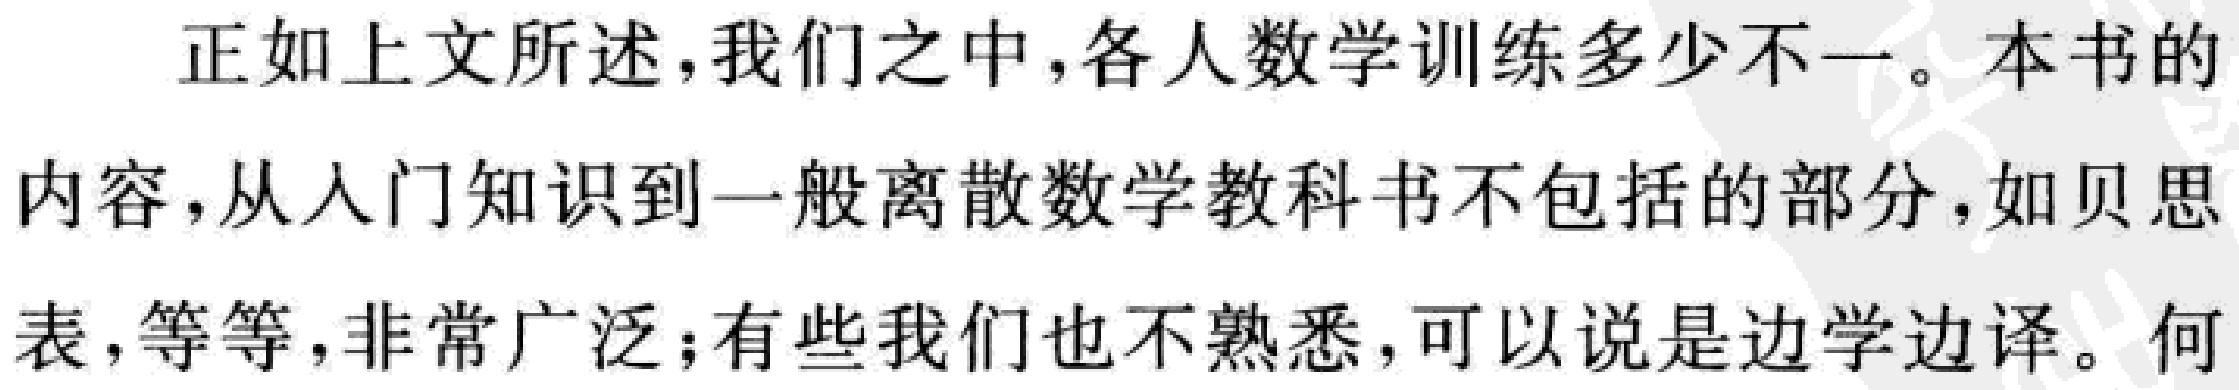
正如上文所述,我们之中,各人数学训练多少不一。本书的内容,从入门知识到一般离散数学教科书不包括的部分,如贝思表,等等,非常广泛;有些我们也不熟悉,可以说是边学边译。何